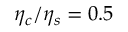
\eta _ { c } / \eta _ { s } = 0 . 5